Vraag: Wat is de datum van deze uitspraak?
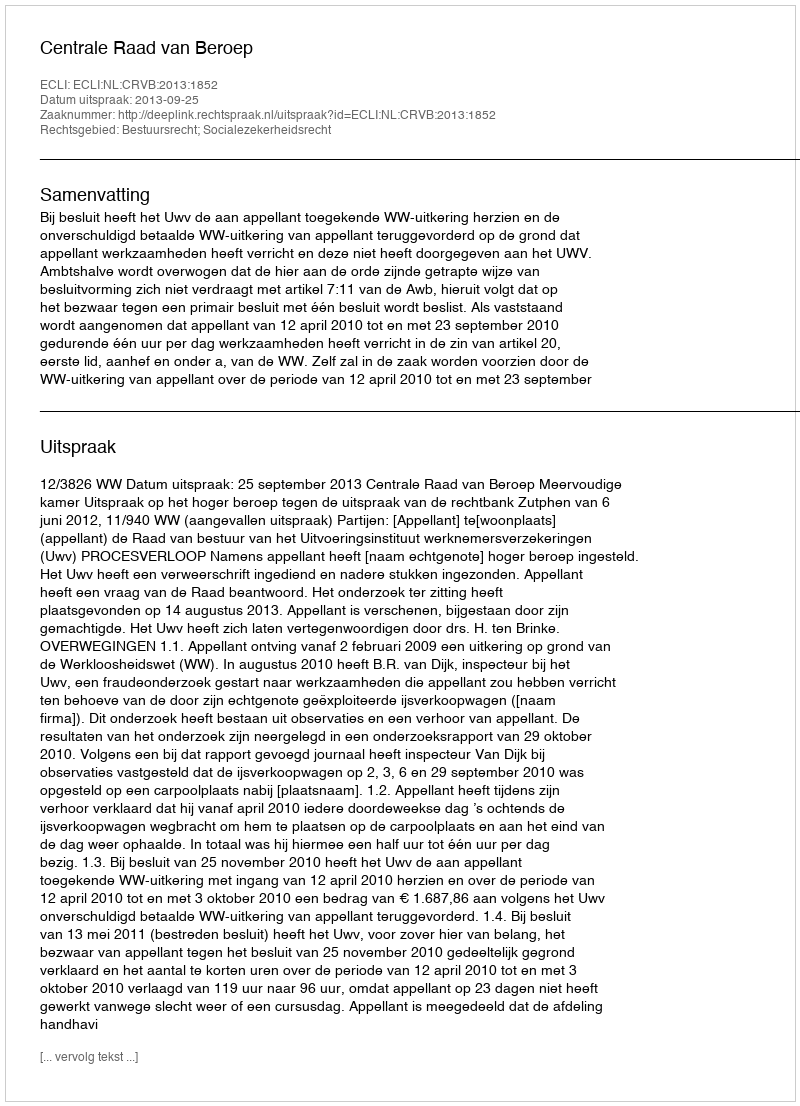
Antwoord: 2013-09-25